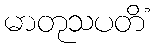
မာတုသပတိံ